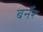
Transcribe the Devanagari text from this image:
बर्नेर